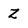
Character: Z